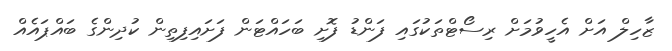
ޒާހިލް އަށް އެހީވުމަށް ރިސޯޓްތަކުގައި ފަންޑު ފޮށި ބަހައްޓަން ފަށައިފިތިން ކުދިންގެ ބައްޕައެއް